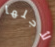
لأجلها